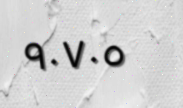
٩٠٧٠٥